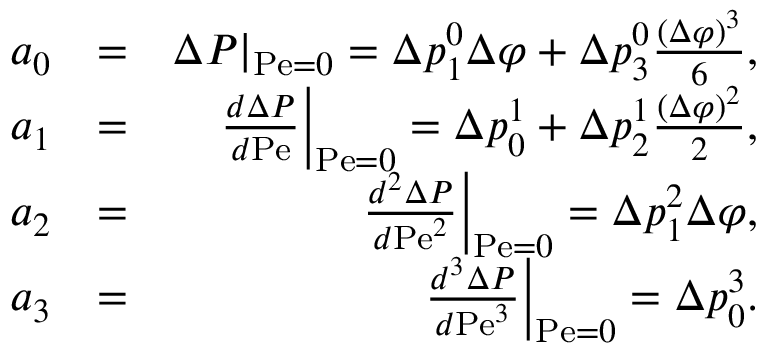
\begin{array} { r l r } { a _ { 0 } } & { = } & { \Delta P | _ { \mathrm { P e } = 0 } = \Delta p _ { 1 } ^ { 0 } \Delta \varphi + \Delta p _ { 3 } ^ { 0 } \frac { ( \Delta \varphi ) ^ { 3 } } { 6 } , } \\ { a _ { 1 } } & { = } & { \left. \frac { d \Delta P } { d \mathrm { P e } } \right| _ { \mathrm { P e } = 0 } = \Delta p _ { 0 } ^ { 1 } + \Delta p _ { 2 } ^ { 1 } \frac { ( \Delta \varphi ) ^ { 2 } } { 2 } , } \\ { a _ { 2 } } & { = } & { \left. \frac { d ^ { 2 } \Delta P } { d \mathrm { P e } ^ { 2 } } \right| _ { \mathrm { P e } = 0 } = \Delta p _ { 1 } ^ { 2 } \Delta \varphi , } \\ { a _ { 3 } } & { = } & { \left. \frac { d ^ { 3 } \Delta P } { d \mathrm { P e } ^ { 3 } } \right| _ { \mathrm { P e } = 0 } = \Delta p _ { 0 } ^ { 3 } . } \end{array}